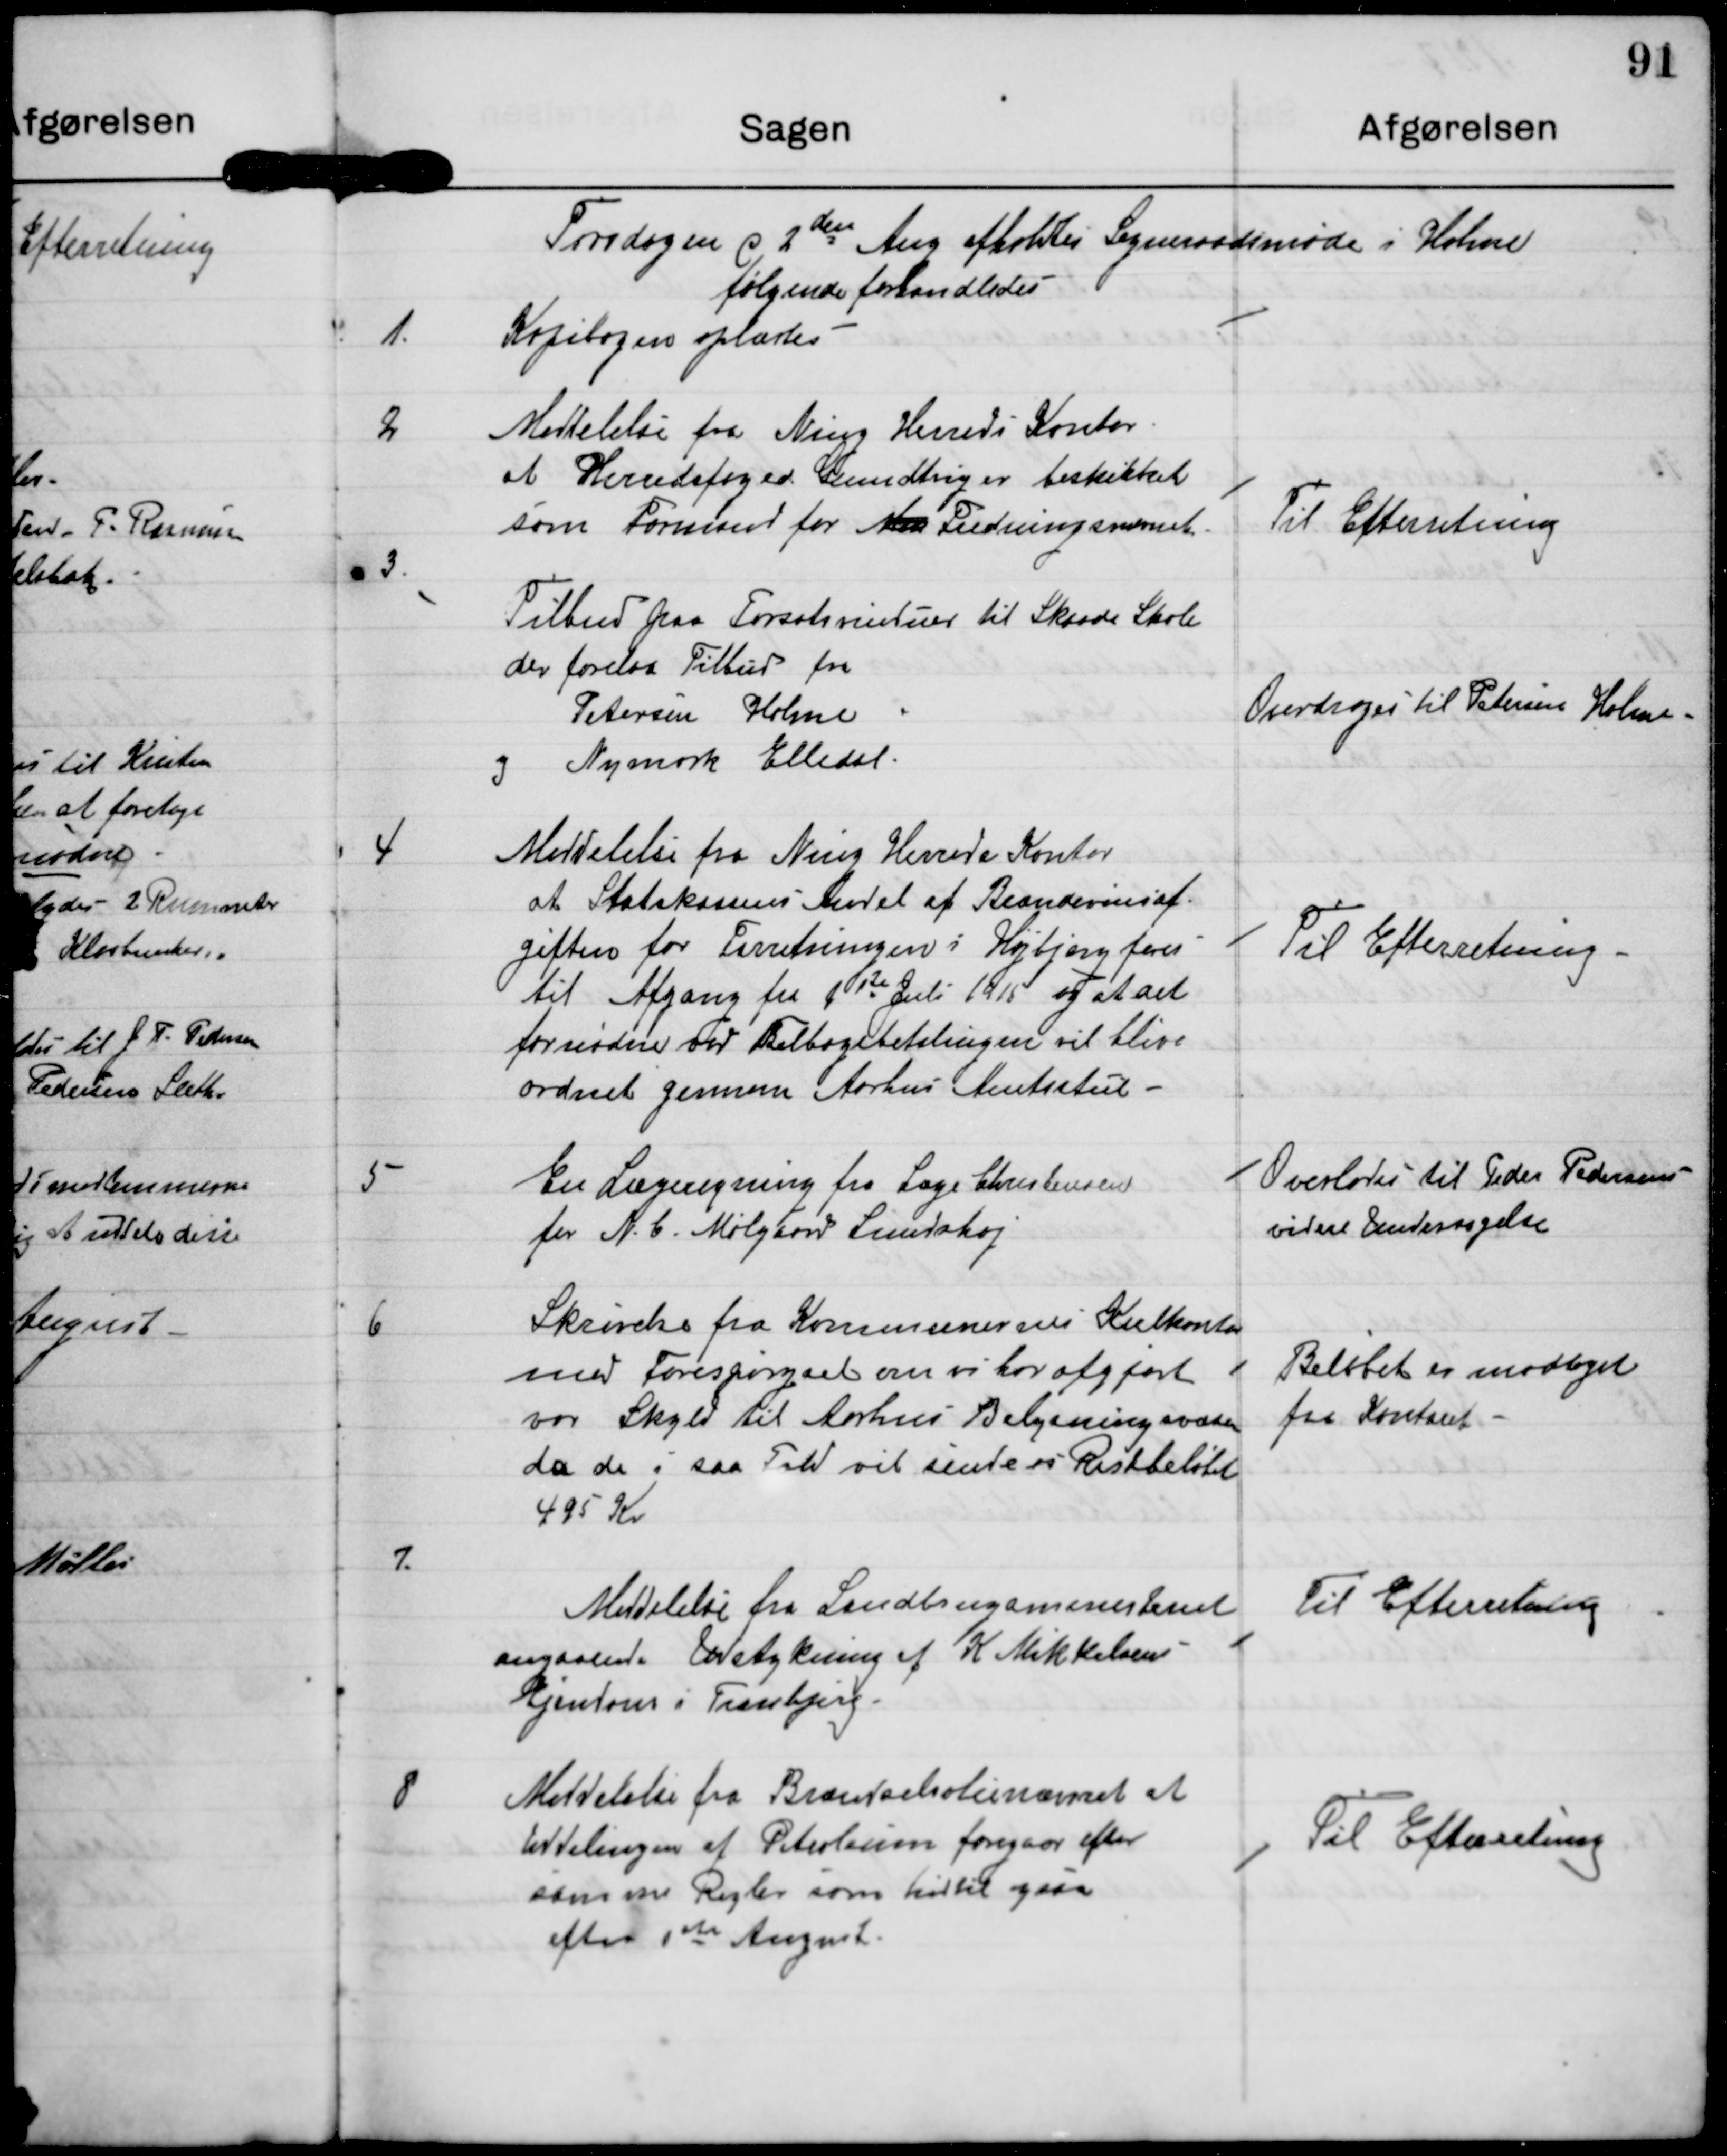
Transskription:
Torsdagen d 2den Aug afholdtes Sogneraadsmøde i Holme
følgende forhandledes

1.
Kopibogen oplæstes

2.
Meddelelse fra Ning Herreds Kontor
at Herredsfoged Grundtvig er beskikket
som Formand for NI Fredningsnævnet.

Til Efterretning

3.
Tilbud paa Forsatsvinduer til Skaade Skole
der forelaa Tilbud fra
Petersen Holmme
og Nymark Elledal

Overdrages til Petersen Holme

4
Meddelelse fra Ning Herreds Kontor
at Statskassens Andel af Brændevinsaf-
giften for Forretningen i Højbjerg føres
til Afgang fra d 1st Juli 1915 og at det
fornødne over Tilbagebetalingen vil blive
ordnet gennem Aarhus Amtsstue.

Til Efterretning

5
En Lægeregning fra Læge Christensen
for N.C. Mølgaard Lundshøj

Overlades til Peder Pedersen
videre Undersøgelse

6.
Skrivelse fra Kommunernes Kulkontor
med Forespørgsel om vi har afgjort
vor Skyld til Aarhus Belysningsvæsen
da de i saa Fald vil sende os Restbeløbet
495 Kr

Beløbet er modtaget
fra Kontoret

7.
Meddelelse fra Landbrugsministeriet
angaaende Udstykning af K Mikkelsens
Ejendom i Tranbjerg.

Til Efterretning

8
Meddelelse fra Brændselsolienævnet at
Uddelingen af Petroleum foregaar efter
samme Regler som hidtil ogsaa
efter 1st August.

Til Efterretning